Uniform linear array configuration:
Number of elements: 64
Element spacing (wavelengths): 0.5
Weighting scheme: hann
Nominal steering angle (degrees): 60
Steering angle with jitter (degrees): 61.885
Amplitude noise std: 0.05
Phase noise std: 0.05

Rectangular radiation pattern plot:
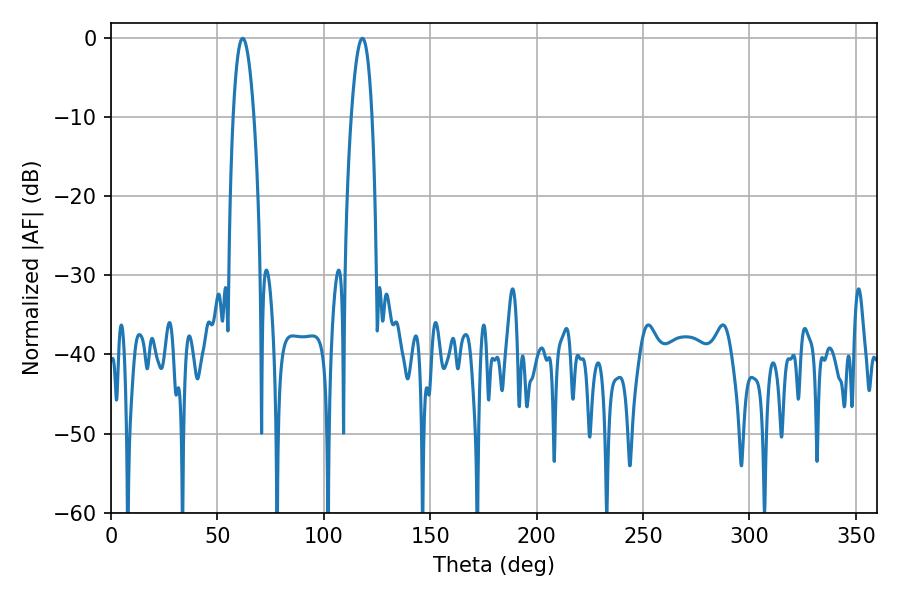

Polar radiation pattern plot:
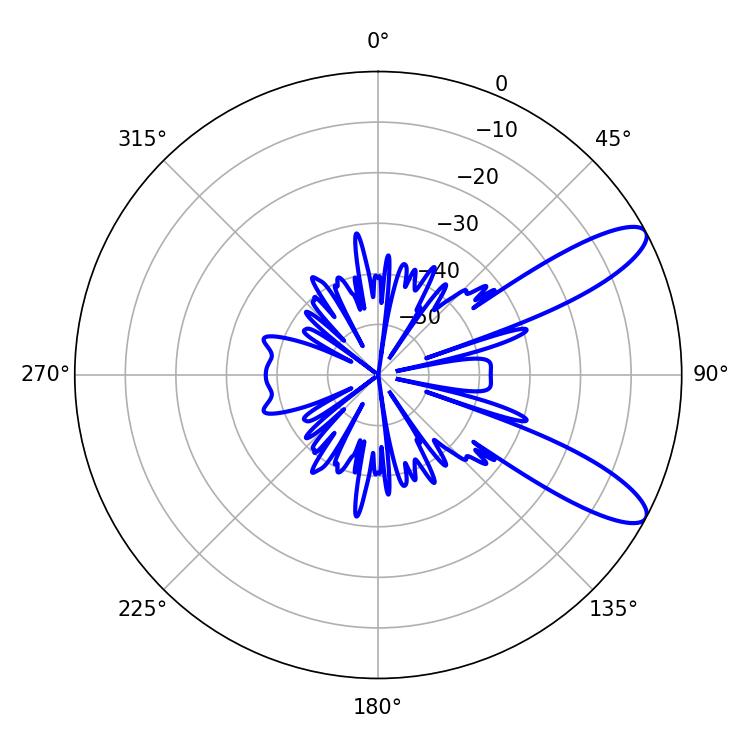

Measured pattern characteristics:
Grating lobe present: FALSE
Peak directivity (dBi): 10.467
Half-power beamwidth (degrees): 5.4
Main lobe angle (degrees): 61.92